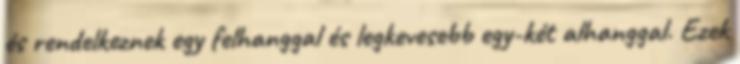
és rendelkeznek egy felhanggal és legkevesebb egy-két alhanggal. Ezek